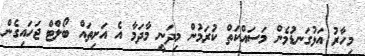
މިހާރު އަޅުގަނޑުމެން މަސައްކަތް ކުރަމުން މިދަނީ މާދަމާ އެ އަށިތައް ބޯލްޓް ޖަހައިގެން